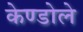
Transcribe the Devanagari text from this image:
केण्डोले